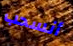
أنسحب